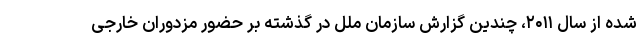
شده از سال ۲۰۱۱، چندین گزارش سازمان ملل در گذشته بر حضور مزدوران خارجی